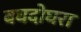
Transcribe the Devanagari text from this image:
बघदोघरा